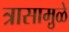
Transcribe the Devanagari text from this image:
त्रासामु़ळे